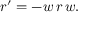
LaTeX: r ^ { \prime } = - w \, r \, w .